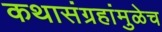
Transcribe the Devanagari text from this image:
कथासंग्रहांमुळेच